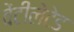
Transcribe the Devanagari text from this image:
वेंटीलेटेड